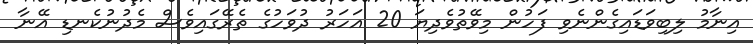
އިނާމު ލިބިވަޑައިގެންނެވި ފަހުން މިވޭތުވެދިޔަ 20 އަހަރު ދުވަހުގެ ތެރޭގައިވެސް މެދުނުކެނޑި އޭނާ